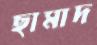
ছামাদ